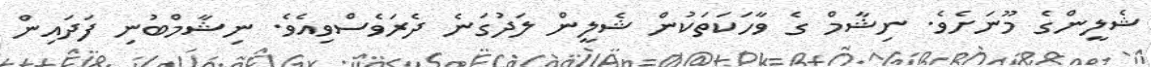
ޝެލީންގެ މޫނަށެވެ. ނިޝާމް ގެ ވާހަކަތަކުން ޝެލީން ލަދުގަނެ ދެރަވެސްވިއެވެ. ނިޝާމްބުނި ފަދައިން